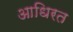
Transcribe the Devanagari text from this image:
आधिरत